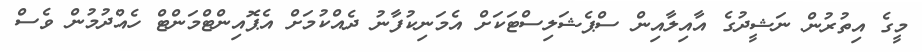
މީގެ އިތުރުން ނަޝީދުގެ އާއިލާއިން ސްޕެޝަލިސްޓަކަށް އެމަނިކުފާނު ދެއްކުމަށް އެޕޮއިންޓްމަންޓް ހެއްދުމުން ވެސް